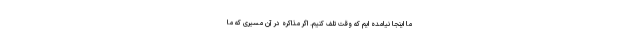
ما اینجا نیامده ایم که وقت تلف کنیم. اگر مذاکره در آن مسیری که ما